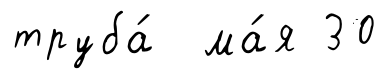
труба́ ма́я 30